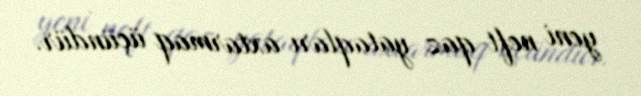
yeni neft-qaz yataqları axtarmaq üçündür.